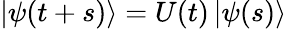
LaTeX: \left|\psi(t+s)\right\rangle=U(t)\left|\psi(s)\right\rangle